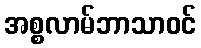
အစ္စလာမ်ဘာသာဝင်